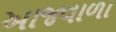
આજવાળા